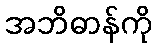
အဘိဓာန်ကို